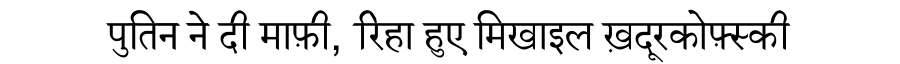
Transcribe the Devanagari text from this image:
पुतिन ने दी माफ़ी, रिहा हुए मिखाइल ख़दूरकोफ़्स्की